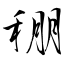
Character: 稝